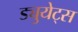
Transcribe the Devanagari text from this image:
ड्युयेट्स